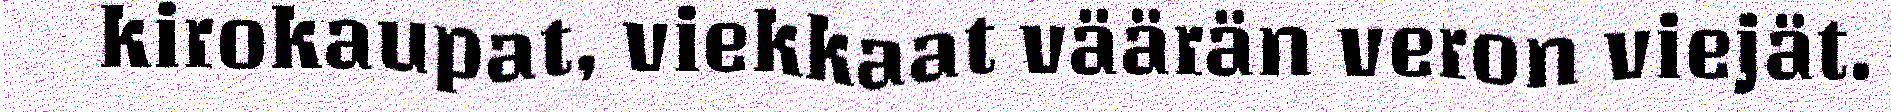
kirokaupat, viekkaat väärän veron viejät.